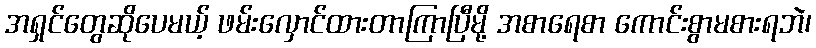
အရှင်တွေဆိုပေမယ့် ဖမ်းလှောင်ထားတာကြာပြီမို့ အစာရေစာ ကောင်းစွာမစားရဘဲ၊